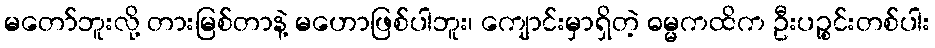
မတော်ဘူးလို့ တားမြစ်တာနဲ့ မဟောဖြစ်ပါဘူး၊ ကျောင်းမှာရှိတဲ့ ဓမ္မကထိက ဦးပဉ္စင်းတစ်ပါး